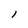
Character: l